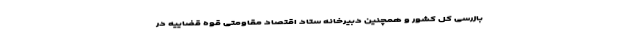
بازرسی کل کشور و همچنین دبیرخانه ستاد اقتصاد مقاومتی قوه قضاییه در